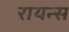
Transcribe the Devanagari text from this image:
रायन्स